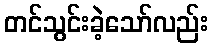
တင်သွင်းခဲ့သော်လည်း